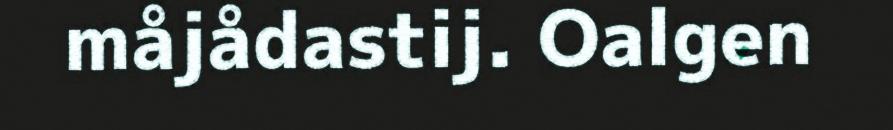
måjådastij. Oalgen